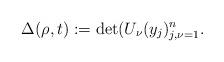
LaTeX: \begin{align*}\Delta(\rho,t):=\det(U_{\nu}(y_{j})_{j,\nu=1}^{n}.\end{align*}